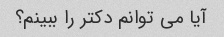
آیا می توانم دکتر را ببینم؟